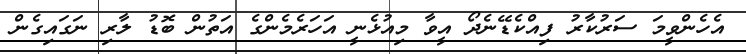
އެހެންވީމަ ސަރުކާރު ފިއްކެޑޭނެދޯ އީވާ މިއުޅެނީ އަހަރެމެންގެ އަތުން ބޮޑު ލާރި ނަގައިގެން